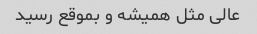
عالی مثل همیشه و بموقع رسید